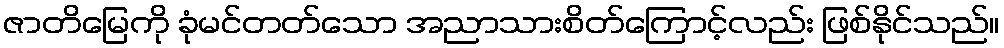
ဇာတိမြေကို ခုံမင်တတ်သော အညာသားစိတ်ကြောင့်လည်း ဖြစ်နိုင်သည်။